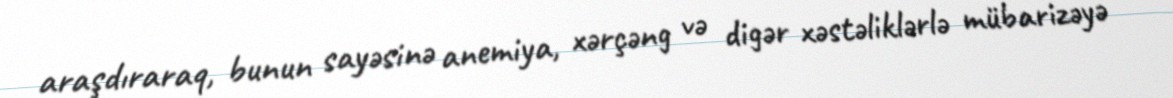
araşdıraraq, bunun sayəsinə anemiya, xərçəng və digər xəstəliklərlə mübarizəyə